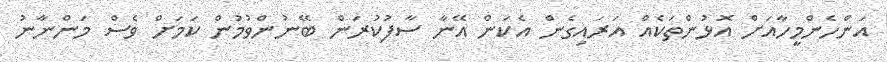
އަންހެންމީހާއަށް އޮޅުންތަކެއް އަރައިގެން އެކަން އޭނާ ސާފުކުރަން ބޭނުންވުމުން ކަމަށް ވެސް މަންނާނު